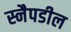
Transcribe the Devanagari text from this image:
स्नैपडील